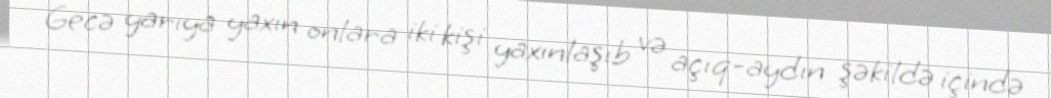
Gecə yarıya yaxın onlara iki kişi yaxınlaşıb və açıq-aydın şəkildə içində